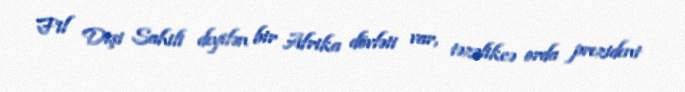
Fil Dişi Sahili deyilən bir Afrika dövləti var, təzəlikcə orda prezident